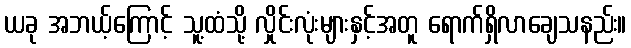
ယခု အဘယ့်ကြောင့် သူ့ထံသို့ လှိုင်းလုံးများနှင့်အတူ ရောက်ရှိလာချေသနည်း။